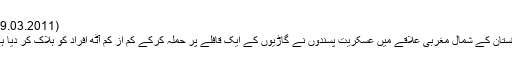
(29.03.2011)
پاکستان کے شمال مغربی علاقے میں عسکریت پسندوں نے گاڑیوں کے ایک قافلے پر حملہ کرکے کم از کم آٹھ افراد کو ہلاک کر دیا ہے۔